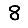
Digit: 8